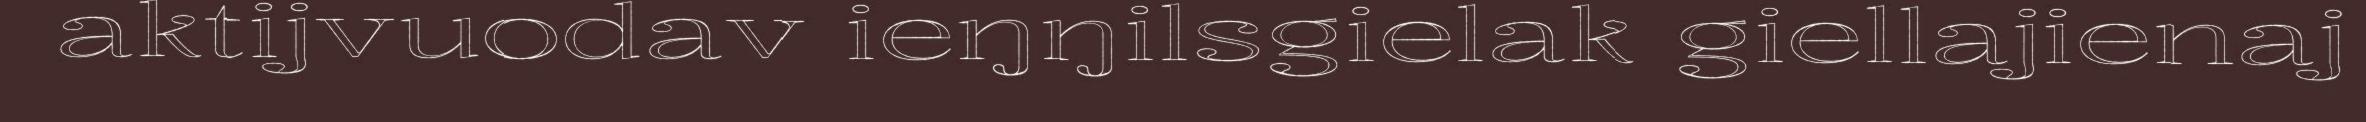
aktijvuodav ieŋŋilsgielak giellajienaj